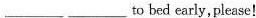
___ ___ to bed early,please!